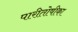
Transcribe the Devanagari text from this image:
पारीतोषीका